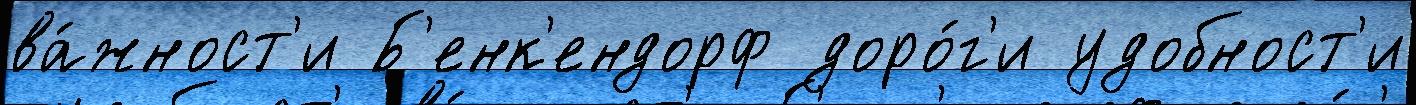
ва́жност'и Б'енк'ендорф доро́г'и удобност'и